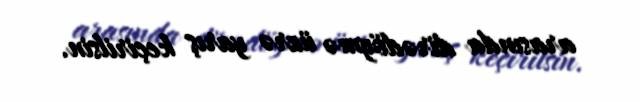
arasında dirədöymə üzrə yarış keçirilsin.